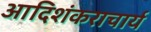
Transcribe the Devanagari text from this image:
आदिशंकराचार्य